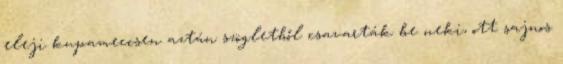
eleji kupameccsen aztán szögletből csavarták be neki, ott sajnos